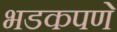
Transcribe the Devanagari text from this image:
भडकपणे